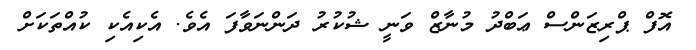
އޮފް ޕްރިޒަންސް ޢަބްދު މުނާޒް ވަނީ ޝުކުރު ދަންނަވާފަ އެވެ. އެކިއެކި ކުއްތަކަށް